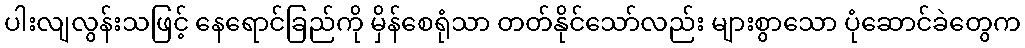
ပါးလျလွန်းသဖြင့် နေရောင်ခြည်ကို မှိန်စေရုံသာ တတ်နိုင်သော်လည်း များစွာသော ပုံဆောင်ခဲတွေက